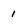
Character: 1